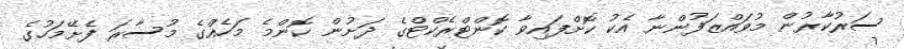
ސަރުކާރުން މުވައްޒަފުންނާ އެކު ކޮށްފައިވާ ކޮންޓްރެކްޓްގެ ދަށުން ކޮންމެ މަހެއްގެ މުސާރަ ފެށޭމަހުގެ